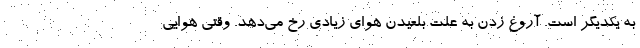
به یکدیگر است. آروغ زدن به علت بلعیدن هوای زیادی رخ می‌دهد. وقتی هوایی